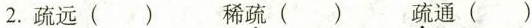
2.疏远() 稀疏() 疏通()